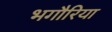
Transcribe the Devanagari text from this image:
भगौरिया